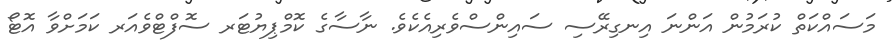
މަސައްކަތް ކުރަމުން އަންނަ އިނގިރޭސި ސައިންސްވެރިއެކެވެ. ނާސާގެ ކޮމްޕިޔުޓަރ ސޮފްޓްވެއަރ ކަމަށްވާ އޮޓޯ